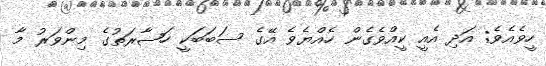
ހީވެއެވެ; އަދި އެއީ ކީއްވެގެން ހެއްޔެވެ އޭގެ ސަބަބަކީ ހަޟާރަތުގެ މިންވަރު މާ